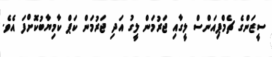
ސީޒަންގެ ޗެމްޕިއަންސް ލީގާއި ޖަރުމަން ލީގު އަދި ޖަރުމަން ކަޕް ކާމިޔާބުކޮށްފަ އެވެ.